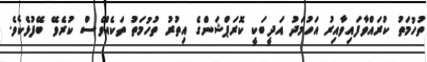
ތުހުމަތު ކުރައްވާފައިވާއިރު އަހުމަދު އަދީބަކީ ކޮރަޕްޝަންގެ އިތުރު ތުހުމަތު ތަކެއްވެސް ކުރެވޭ ބޭފުޅެކެވެ.